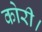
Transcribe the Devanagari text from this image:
कोरी।